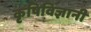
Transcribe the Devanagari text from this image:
कृषिविज्ञानी